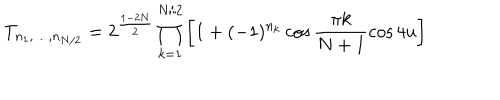
T _ { n _ { 1 } , \ldots , n _ { N / 2 } } = 2 ^ { \frac { 1 - 2 N } { 2 } } \prod _ { k = 1 } ^ { N / 2 } \left[ 1 + ( - 1 ) ^ { n _ { k } } \cos \frac { \pi k } { N + 1 } \cos 4 u \right]